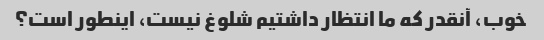
خوب، آنقدر که ما انتظار داشتیم شلوغ نیست، اینطور است؟